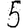
Digit: 5